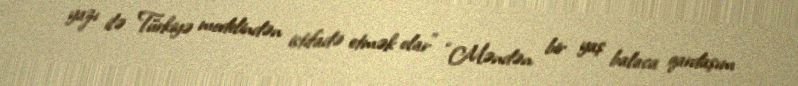
yazı ilə Türkiyə modelindən istifadə etmək olar" “Məndən bir yaş balaca qardaşım